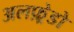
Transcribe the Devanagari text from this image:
अलफ़्रेडो